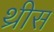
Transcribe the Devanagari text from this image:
थ्रीस